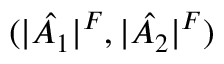
( | \hat { A _ { 1 } } | ^ { F } , | \hat { A _ { 2 } } | ^ { F } )